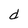
Character: d